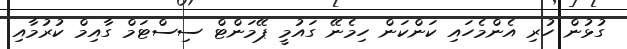
ގުޅުން ހުރި އެންމެހައި ކަންކަން ހިމެނޭ ގައުމީ ޕޭމަންޓް ސިސްޓަމް ގާއިމް ކުރުމާއި